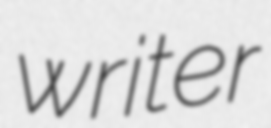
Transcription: writer